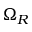
\Omega _ { R }